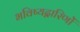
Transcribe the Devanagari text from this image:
भविष्यद्वारिणों